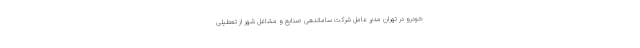
خودرو در تهران مدیر عامل شرکت ساماندهی صنایع و مشاغل شهر از تعطیلی